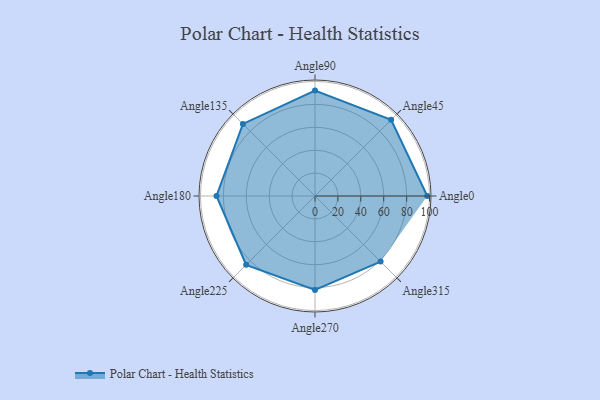
{"axis": {"x": "Angle", "y": "Radius"}, "legend": [""], "data": [{"x": "Angle0", "y": 98.0, "type": ""}, {"x": "Angle45", "y": 94.0, "type": ""}, {"x": "Angle90", "y": 92.0, "type": ""}, {"x": "Angle135", "y": 89.0, "type": ""}, {"x": "Angle180", "y": 86.0, "type": ""}, {"x": "Angle225", "y": 85.0, "type": ""}, {"x": "Angle270", "y": 82.0, "type": ""}, {"x": "Angle315", "y": 81.0, "type": ""}]}